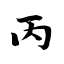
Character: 丙